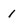
Character: i